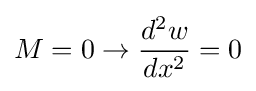
M=0\rightarrow {d^{2}w \over dx^{2}}=0